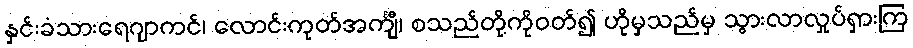
နှင်းခံသားရေဂျာကင်၊ လောင်းကုတ်အင်္ကျီ၊ စသည်တို့ကိုဝတ်၍ ဟိုမှသည်မှ သွားလာလှုပ်ရှားကြ